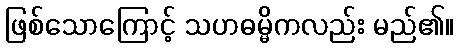
ဖြစ်သောကြောင့် သဟဓမ္မိကလည်း မည်၏။